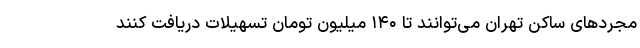
مجردهای ساکن تهران می‌توانند تا ۱۴۰ میلیون تومان تسهیلات دریافت کنند